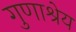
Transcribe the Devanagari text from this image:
गुणाश्रेय